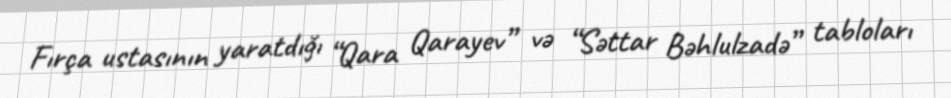
Fırça ustasının yaratdığı “Qara Qarayev” və “Səttar Bəhlulzadə” tabloları